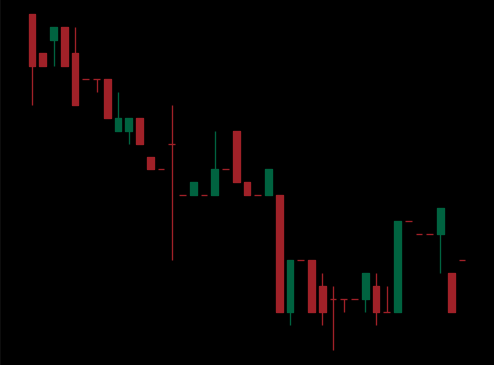
Pattern: bull_flag